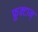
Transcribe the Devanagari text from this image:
फ्रुक्टान्